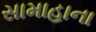
સામાહાના